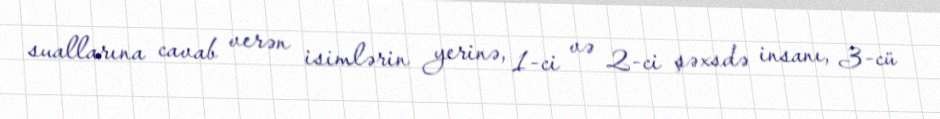
suallarına cavab verən isimlərin yerinə, 1-ci və 2-ci şəxsdə insanı, 3-cü